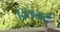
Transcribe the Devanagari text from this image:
स्विगर्ट